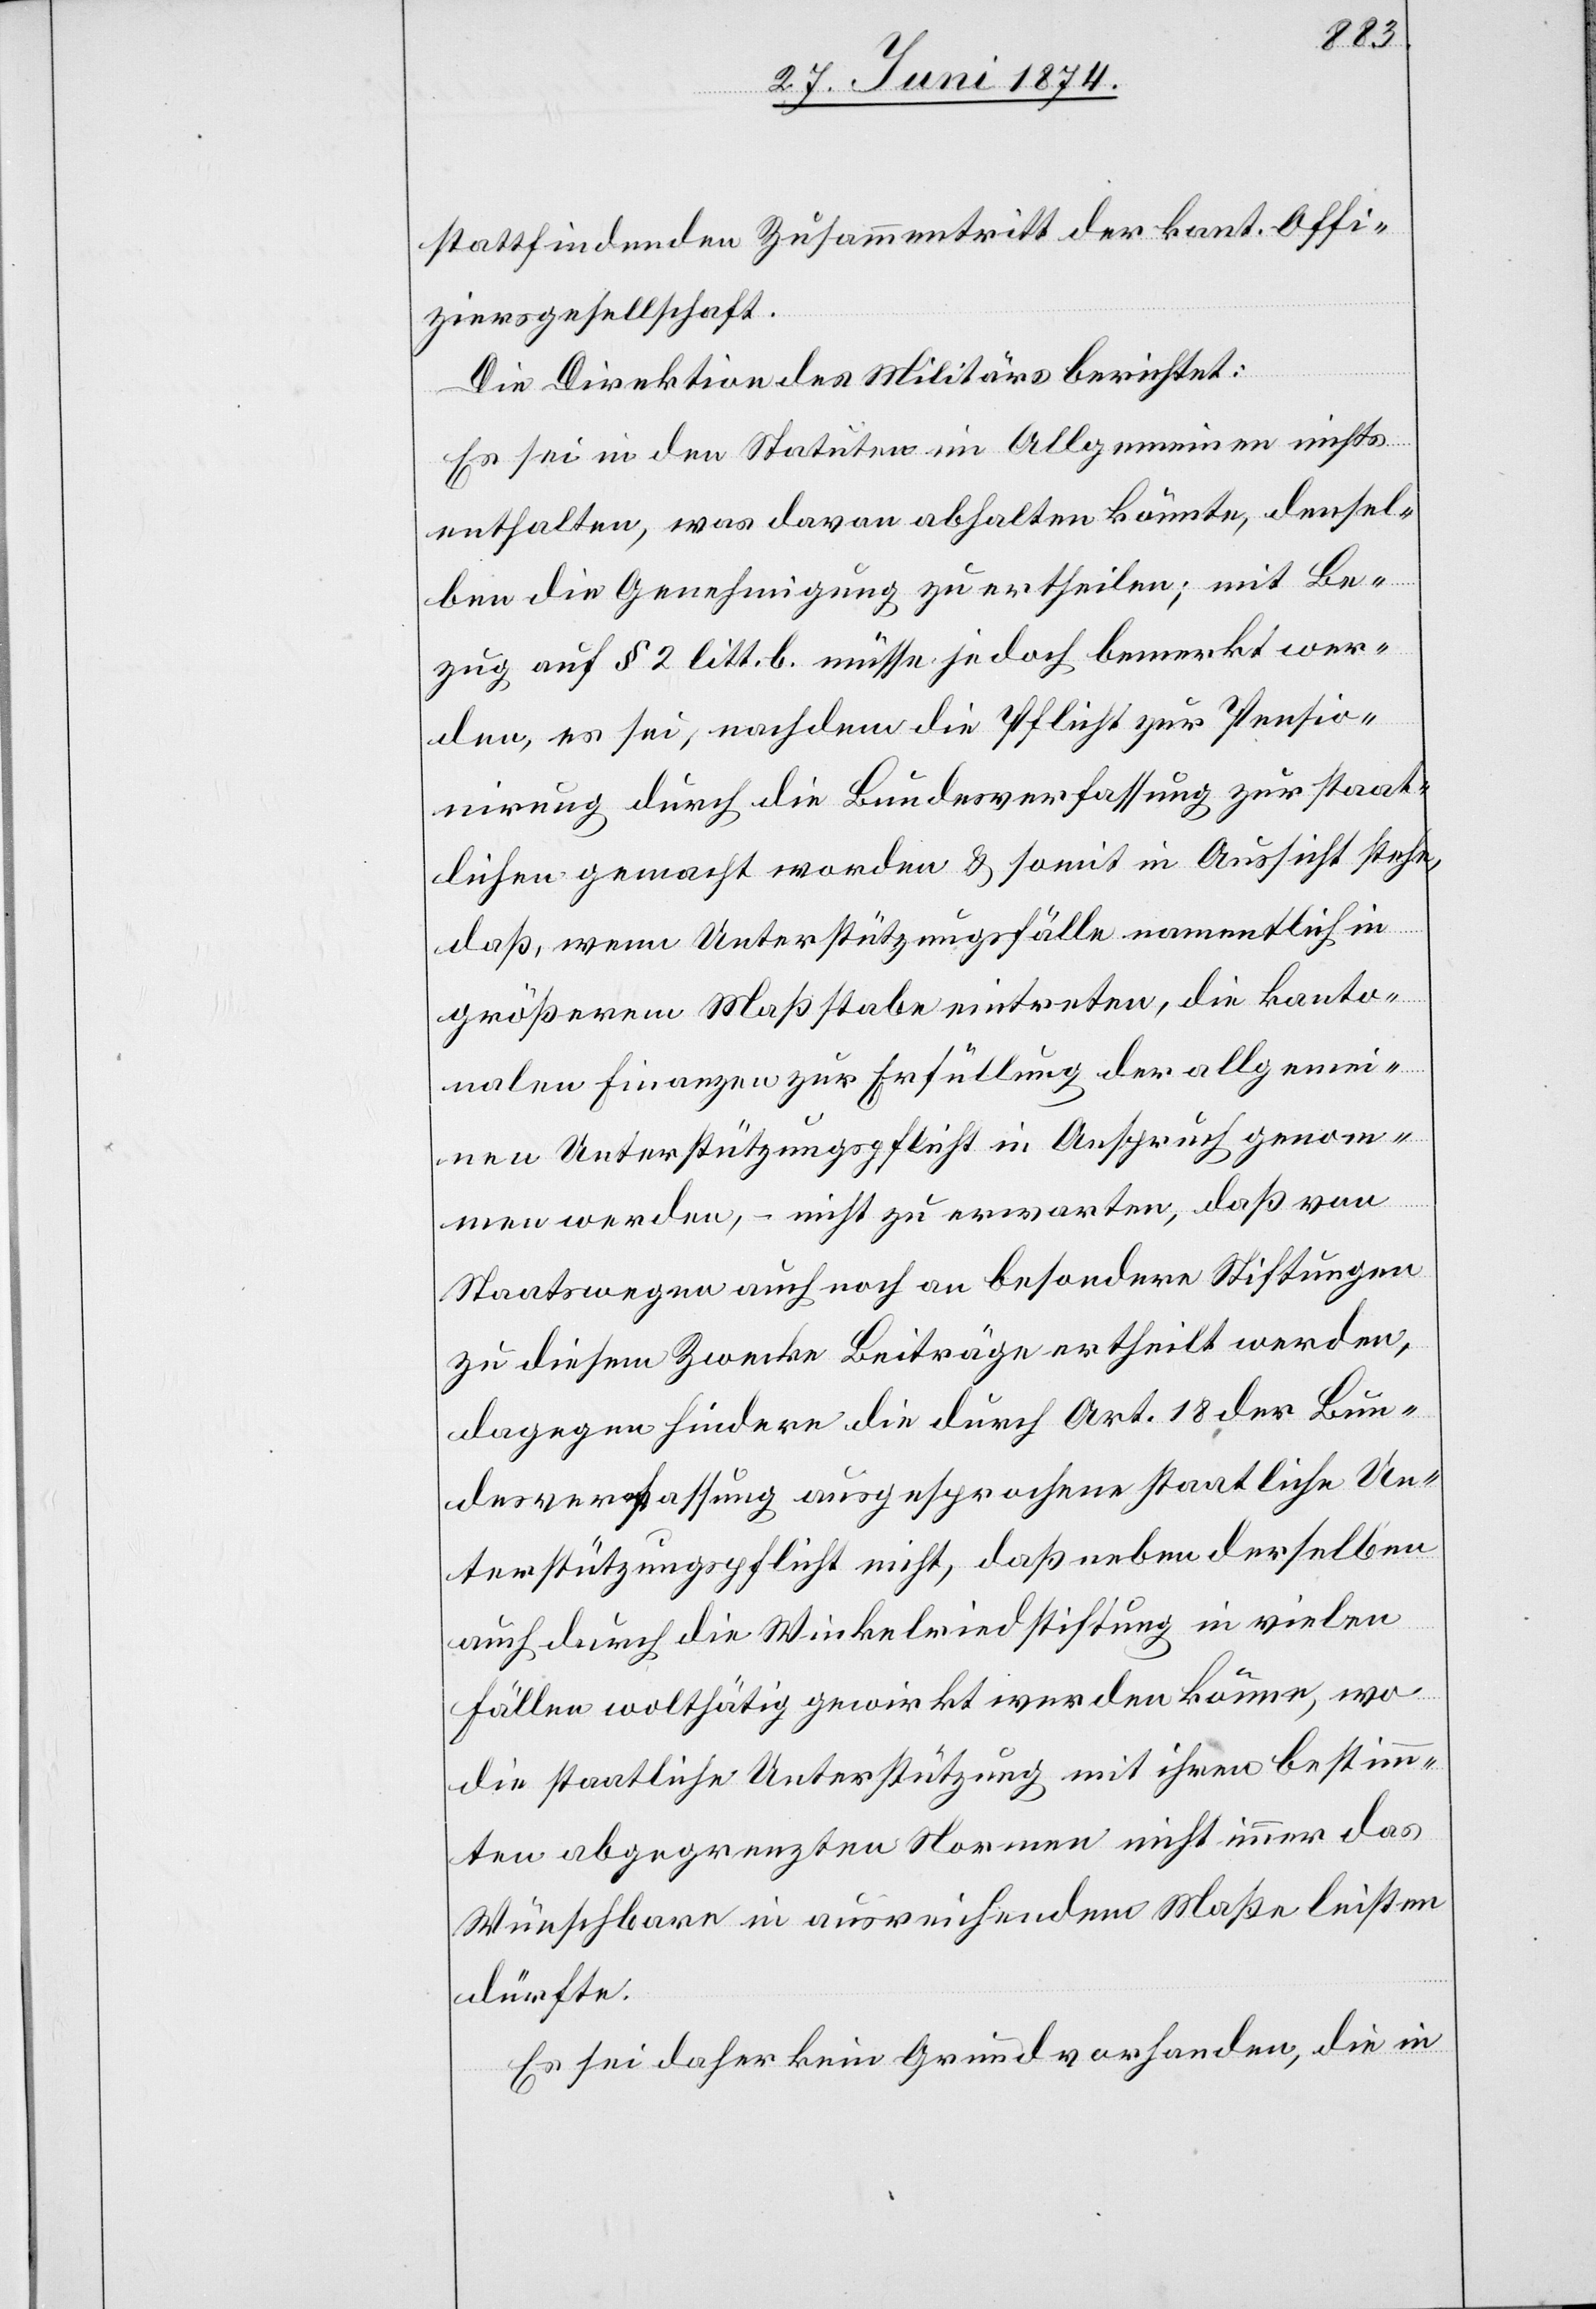
stattfindenden Zusammentritt der kant. Offi¬
ziersgesellschaft.
Die Direktion des Militärs berichtet:
Es sei in den Statuten im Allgemeinen nichts
enthalten, was davon abhalten könnte, densel¬
ben die Genehmigung zu ertheilen; mit Be¬
zug auf § 2 litt. b. müsse jedoch bemerkt wer¬
den, es sei, nachdem die Pflicht zur Pensio¬
nirung durch die Bundesverfassung zur staat¬
lichen gemacht worden u. somit in Aussicht stehe,
daß, wenn Unterstützungsfälle namentlich in
größerem Maßstabe eintreten, die kanto¬
nalen Finanzen zur Erfüllung der allgemei¬
nen Unterstützungspflicht in Anspruch genom¬
men werden, – nicht zu erwarten, daß von
Staatswegen auch noch an besondere Stiftungen
zu diesem Zwecke Beiträge ertheilt werden,
dagegen hindere die durch Art. 18 der Bun¬
desverfassung ausgesprochene staatliche Un¬
terstützungspflicht nicht, daß neben derselben
auch durch die Winkelriedstiftung in vielen
Fällen wolthätig gewirkt werden könne, wo
die staatliche Unterstützung mit ihren bestimm¬
ten abgegrenzten Normen nicht immer das
Wünschbare in ausreichendem Maße leisten
dürfte.
Es sei daher kein Grund vorhanden, die in